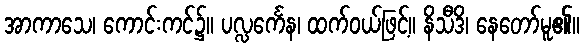
အာကာသေ၊ ကောင်းကင်၌။ ပလ္လင်္ကေန၊ ထက်ဝယ်ဖြင့်။ နိသီဒိ၊ နေတော်မူ၏။